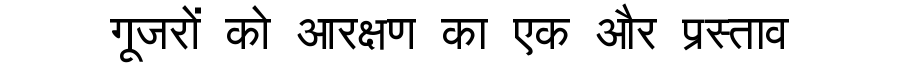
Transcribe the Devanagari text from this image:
गूजरों को आरक्षण का एक और प्रस्ताव